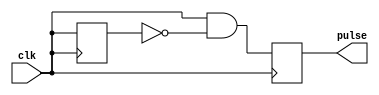
module rising_edge_pulse_generator (
    input wire clk,
    output reg pulse
);

reg previous_clk;

always @(posedge clk) begin
    pulse <= (clk && !previous_clk);
    previous_clk <= clk;
end

endmodule